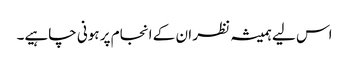
اس لیے ہمیشہ نظر ان کے انجام پر ہونی چاہیے۔